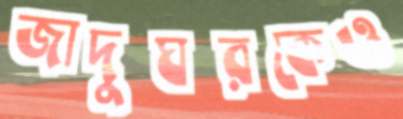
জাদুঘরকেও